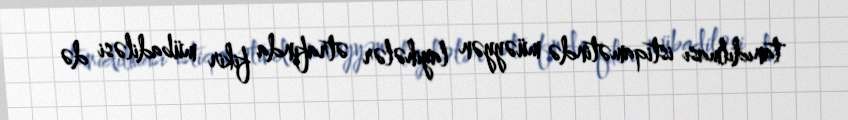
tanıdılması istiqamətində müəyyən layihələr ətrafında fikir mübadiləsi də